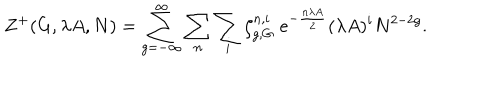
Z ^ { + } ( G , \lambda A , N ) = \sum _ { g = - \infty } ^ { \infty } \sum _ { n } \sum _ { i } \zeta _ { g , G } ^ { n , i } \; e ^ { - { \frac { n \lambda A } { 2 } } } ( \lambda A ) ^ { i } N ^ { 2 - 2 g } .